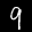
Label: 9